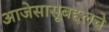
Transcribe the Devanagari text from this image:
आजेसासूबद्दलचे